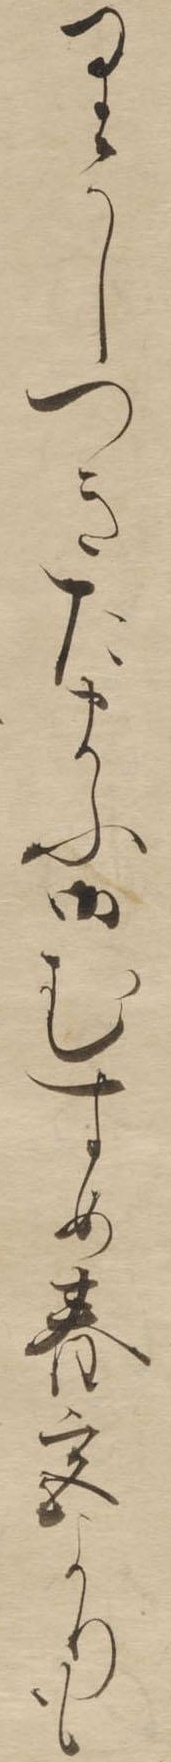
りかしつきたまふ御むすめ春宮よりも